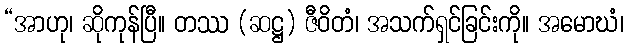
“အာဟု၊ ဆိုကုန်ပြီ။ တဿ (ဆဋ္ဌ) ဇီဝိတံ၊ အသက်ရှင်ခြင်းကို။ အမောဃံ၊